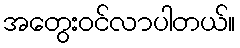
အတွေးဝင်လာပါတယ်။